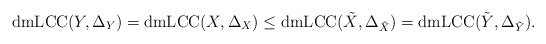
\begin{align*}\mathrm{dmLCC}(Y,\Delta_Y) = \mathrm{dmLCC}(X,\Delta_X) \leq \mathrm{dmLCC}(\tilde X, \Delta_{\tilde X}) = \mathrm{dmLCC}(\tilde Y, \Delta_{\tilde Y}).\end{align*}